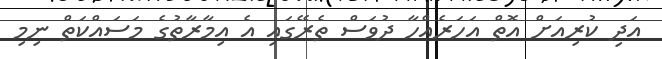
އަދި ކުރިއަށް އޮތް އަހަރެއްހާ ދުވަސް ތެރޭގައި އެ އިމާރާތުގެ މަސައްކަތް ނިމި